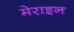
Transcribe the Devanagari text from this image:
मेराइन